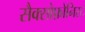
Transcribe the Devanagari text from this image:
सैक्सोफ़ोनिस्ट